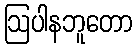
ဩပါနဘူတော